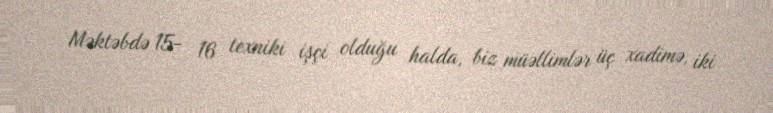
Məktəbdə 15- 16 texniki işçi olduğu halda, biz müəllimlər üç xadimə, iki